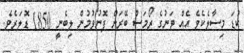
ކުޑަ މިސާލެކެވެ އެއް ޓަނުގެ ރޯމަސް ބޭރަށް ފޮނުވުމުން ލިބެނީ 1850 ޑޮލަރެވެ.